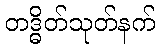
တဒ္ဓိတ်သုတ်နက်